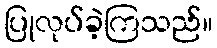
ပြုလုပ်ခဲ့ကြသည်။